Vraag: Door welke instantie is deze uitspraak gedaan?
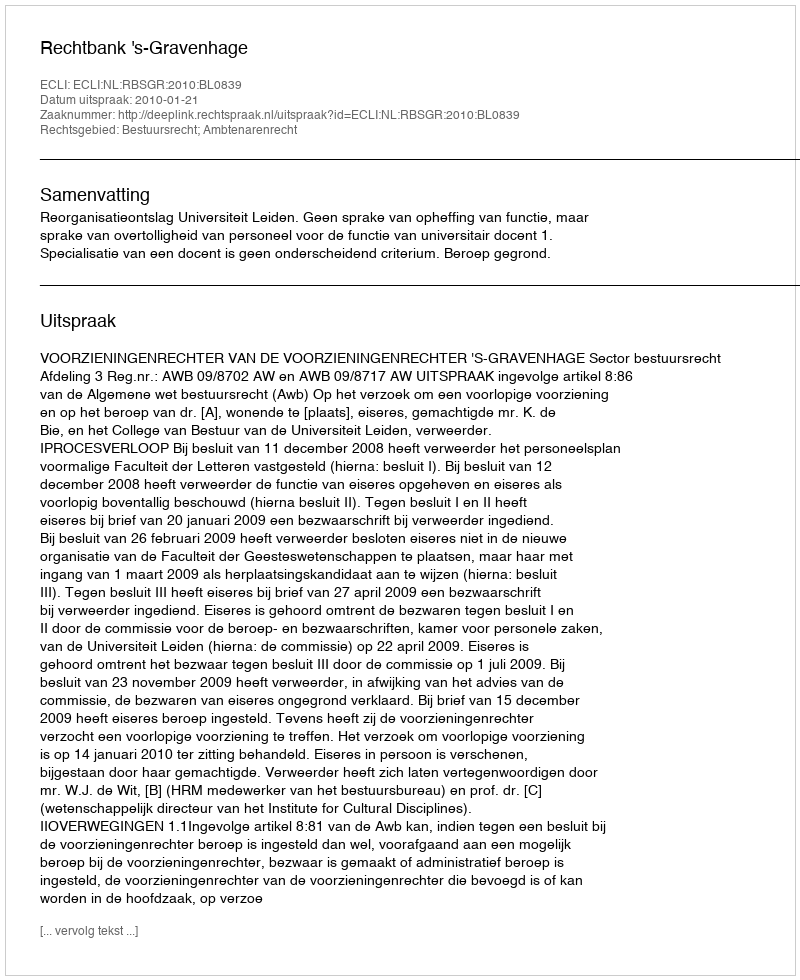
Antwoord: Rechtbank 's-Gravenhage